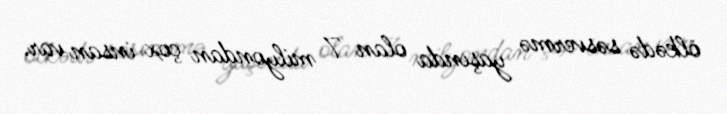
ölkədə səsvermə yaşında olan 7 milyondan çox insan var.